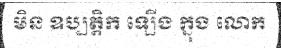
មិន ឧប្បត្តិក ឡើង ក្នុង លោក